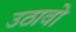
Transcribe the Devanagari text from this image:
उठावो